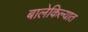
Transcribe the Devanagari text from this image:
बालेकिल्यात